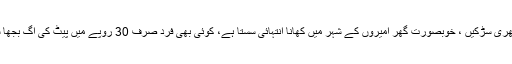
صاف ستھری سڑکیں ، خوبصورت گھر امیروں کے شہر میں کھانا انتہائی سستا ہے، کوئی بھی فرد صرف 30 روپے میں پیٹ کی آگ بجھا سکتا ہے۔